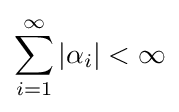
\sum \limits _{i=1}^{\infty }\left|\alpha _{i}\right|<\infty